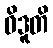
ဝိဒူတိ